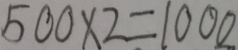
5 0 0 \times 2 = 1 0 0 0